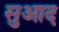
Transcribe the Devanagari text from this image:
सुआद